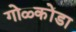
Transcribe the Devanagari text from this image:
गोळ्कोंडा